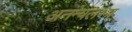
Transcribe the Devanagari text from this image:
अनन्यलभ्य